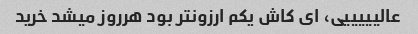
عالیییییی، ای کاش یکم ارزونتر بود هرروز میشد خرید